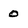
Character: 0